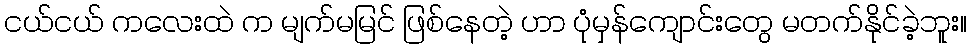
ငယ်ငယ် ကလေးထဲ က မျက်မမြင် ဖြစ်နေတဲ့ ဟာ ပုံမှန်ကျောင်းတွေ မတက်နိုင်ခဲ့ဘူး။